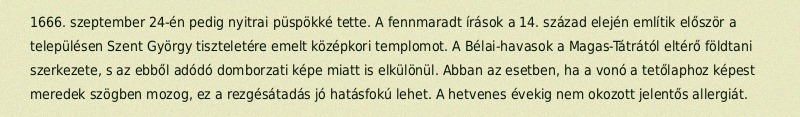
1666. szeptember 24-én pedig nyitrai püspökké tette. A fennmaradt írások a 14. század elején említik először a településen Szent György tiszteletére emelt középkori templomot. A Bélai-havasok a Magas-Tátrától eltérő földtani szerkezete, s az ebből adódó domborzati képe miatt is elkülönül. Abban az esetben, ha a vonó a tetőlaphoz képest meredek szögben mozog, ez a rezgésátadás jó hatásfokú lehet. A hetvenes évekig nem okozott jelentős allergiát.